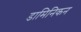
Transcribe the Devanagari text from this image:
डामिनिकन